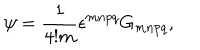
\psi = \frac { 1 } { 4 ! m } \epsilon ^ { m n p q } G _ { m n p q } ,